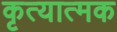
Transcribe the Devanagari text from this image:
कृत्यात्मक